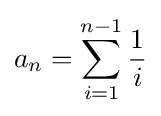
a_{n}=\sum _{i=1}^{n-1}{1 \over i}